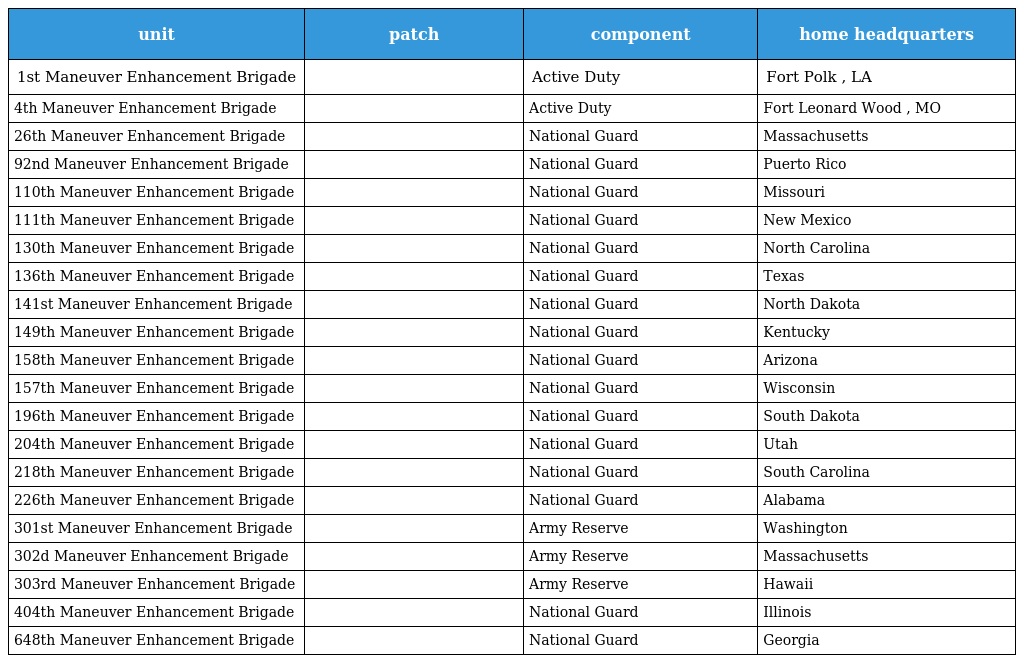
| unit | patch | component | home headquarters |
 | --- | --- | --- | --- |
 | 1st Maneuver Enhancement Brigade |  | Active Duty | Fort Polk , LA |
 | 4th Maneuver Enhancement Brigade |  | Active Duty | Fort Leonard Wood , MO |
 | 26th Maneuver Enhancement Brigade |  | National Guard | Massachusetts |
 | 92nd Maneuver Enhancement Brigade |  | National Guard | Puerto Rico |
 | 110th Maneuver Enhancement Brigade |  | National Guard | Missouri |
 | 111th Maneuver Enhancement Brigade |  | National Guard | New Mexico |
 | 130th Maneuver Enhancement Brigade |  | National Guard | North Carolina |
 | 136th Maneuver Enhancement Brigade |  | National Guard | Texas |
 | 141st Maneuver Enhancement Brigade |  | National Guard | North Dakota |
 | 149th Maneuver Enhancement Brigade |  | National Guard | Kentucky |
 | 158th Maneuver Enhancement Brigade |  | National Guard | Arizona |
 | 157th Maneuver Enhancement Brigade |  | National Guard | Wisconsin |
 | 196th Maneuver Enhancement Brigade |  | National Guard | South Dakota |
 | 204th Maneuver Enhancement Brigade |  | National Guard | Utah |
 | 218th Maneuver Enhancement Brigade |  | National Guard | South Carolina |
 | 226th Maneuver Enhancement Brigade |  | National Guard | Alabama |
 | 301st Maneuver Enhancement Brigade |  | Army Reserve | Washington |
 | 302d Maneuver Enhancement Brigade |  | Army Reserve | Massachusetts |
 | 303rd Maneuver Enhancement Brigade |  | Army Reserve | Hawaii |
 | 404th Maneuver Enhancement Brigade |  | National Guard | Illinois |
 | 648th Maneuver Enhancement Brigade |  | National Guard | Georgia |